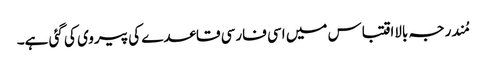
مُندرجہ بالااقتباس میں اسی فارسی قاعدے کی پیروی کی گئی ہے۔